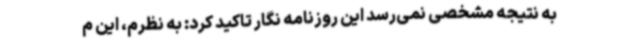
به نتیجه مشخصی نمی‌رسد این روزنامه نگار تاکید کرد: به نظرم، این م